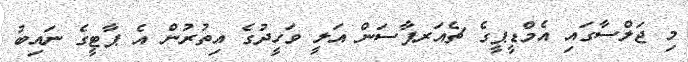
މި ޖަލްސާގައި އެމްޑީޕީގެ ޗެއަރޕާސަން އަލީ ވަހީދުގެ އިތުރުން އެ ޕާޓީގެ ނައިބު